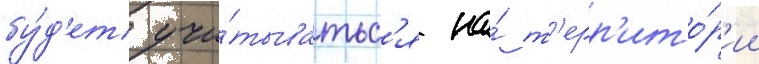
бу́д'ет учи́тыватьс'я на́ т'ерр'ито́р'ии